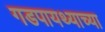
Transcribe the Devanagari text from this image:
गडपायथ्याच्या